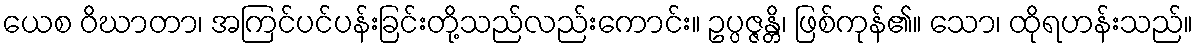
ယေစ ဝိဃာတာ၊ အကြင်ပင်ပန်းခြင်းတို့သည်လည်းကောင်း။ ဥပ္ပဇ္ဇန္တိ၊ ဖြစ်ကုန်၏။ သော၊ ထိုရဟန်းသည်။